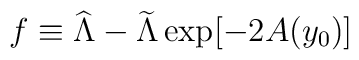
f\equiv{\widehat \Lambda}- {\widetilde \Lambda}\exp[-2A(y_0)]